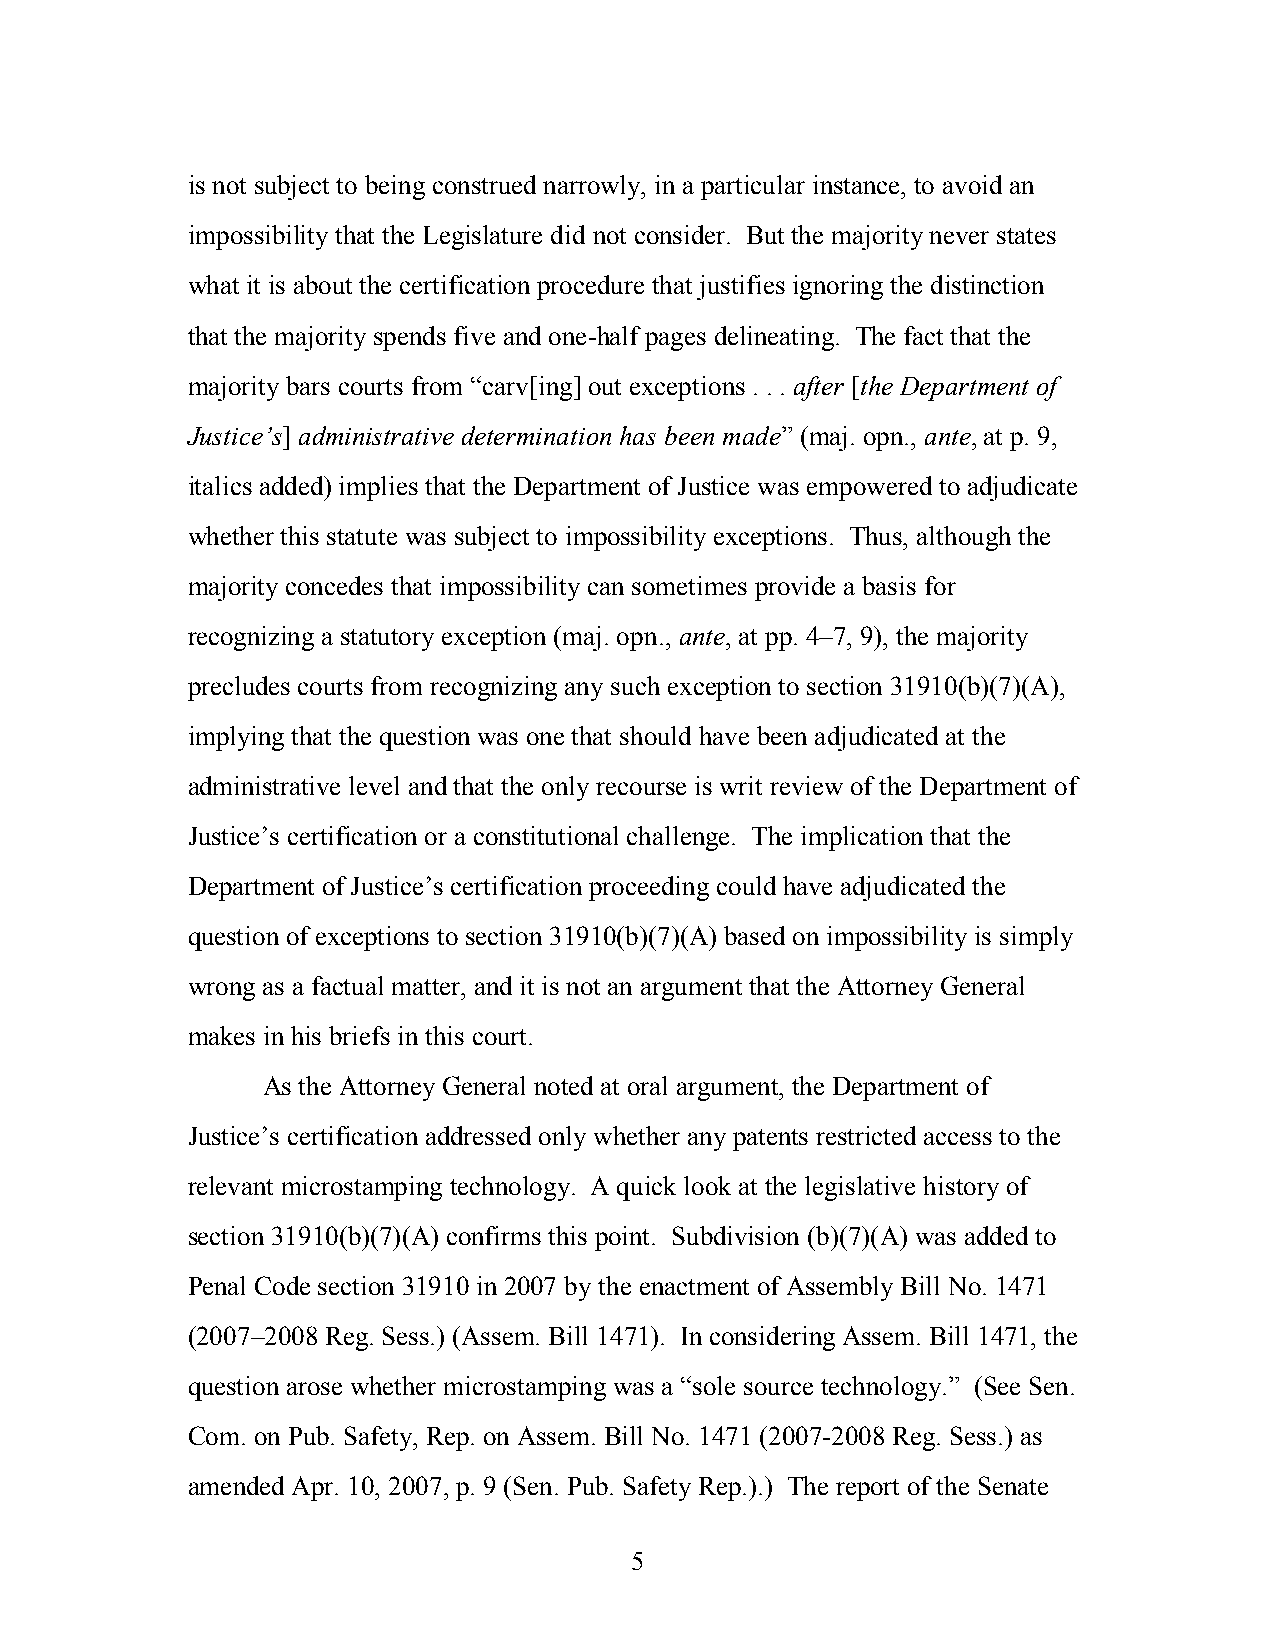
is not subject to being construed narrowly, in a particular instance, to avoid an
 impossibility that the Legislature did not consider. But the majority never states
 what it is about the certification procedure that justifies ignoring the distinction
 that the majority spends five and one-half pages delineating. The fact that the
 majority bars courts from “carv[ing] out exceptions . . . after [the Department of
 Justice’s] administrative determination has been made” (maj. opn., ante, at p. 9,
 italics added) implies that the Department of Justice was empowered to adjudicate
 whether this statute was subject to impossibility exceptions. Thus, although the
 majority concedes that impossibility can sometimes provide a basis for
 recognizing a statutory exception (maj. opn., ante, at pp. 4–7, 9), the majority
 precludes courts from recognizing any such exception to section 31910(b)(7)(A),
 implying that the question was one that should have been adjudicated at the
 administrative level and that the only recourse is writ review of the Department of
 Justice’s certification or a constitutional challenge. The implication that the
 Department of Justice’s certification proceeding could have adjudicated the
 question of exceptions to section 31910(b)(7)(A) based on impossibility is simply
 wrong as a factual matter, and it is not an argument that the Attorney General
 makes in his briefs in this court.
 As the Attorney General noted at oral argument, the Department of
 Justice’s certification addressed only whether any patents restricted access to the
 relevant microstamping technology. A quick look at the legislative history of
 section 31910(b)(7)(A) confirms this point. Subdivision (b)(7)(A) was added to
 Penal Code section 31910 in 2007 by the enactment of Assembly Bill No. 1471
 (2007–2008 Reg. Sess.) (Assem. Bill 1471). In considering Assem. Bill 1471, the
 question arose whether microstamping was a “sole source technology.” (See Sen.
 Com. on Pub. Safety, Rep. on Assem. Bill No. 1471 (2007-2008 Reg. Sess.) as
 amended Apr. 10, 2007, p. 9 (Sen. Pub. Safety Rep.).) The report of the Senate
 5